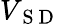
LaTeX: V_{\mathrm{~S~D~}}